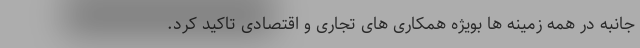
جانبه در همه زمینه ها بویژه همکاری های تجاری و اقتصادی تاکید کرد.